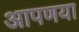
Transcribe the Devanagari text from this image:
आपणया